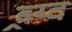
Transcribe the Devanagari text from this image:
ब्र्य्द